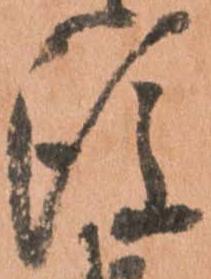
後